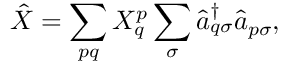
\hat { X } = \sum _ { p q } X _ { q } ^ { p } \sum _ { \sigma } \hat { a } _ { q \sigma } ^ { \dagger } \hat { a } _ { p \sigma } ,